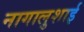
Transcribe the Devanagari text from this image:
नागालुशाई